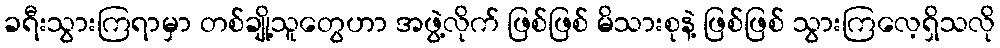
ခရီးသွားကြရာမှာ တစ်ချို့သူတွေဟာ အဖွဲ့လိုက် ဖြစ်ဖြစ် မိသားစုနဲ့ ဖြစ်ဖြစ် သွားကြလေ့ရှိသလို